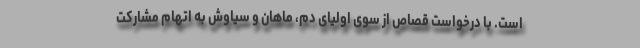
است. با درخواست قصاص از سوی اولیای دم، ماهان و سیاوش به اتهام مشارکت